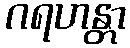
ဂရဟန္တာ